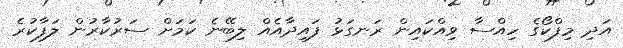
އަދި މިފްކޯގެ ހިއްސާ ވިއްކައިން ރަނގަޅު ފައިދާއެއް ލިބޭނެ ކަމަށް ސަރުކާރުން ލަފާކުރެ